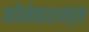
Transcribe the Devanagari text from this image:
कोंनेकशन्स